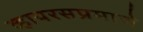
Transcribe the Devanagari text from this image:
व्हायरसप्रमाणे